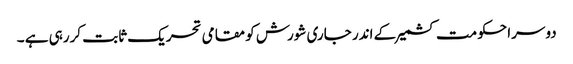
دوسرا حکومت کشمیر کے اندر جاری شورش کو مقامی تحریک ثابت کررہی ہے ۔